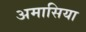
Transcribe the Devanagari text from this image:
अमासिया